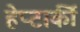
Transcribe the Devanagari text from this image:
हेप्टार्की